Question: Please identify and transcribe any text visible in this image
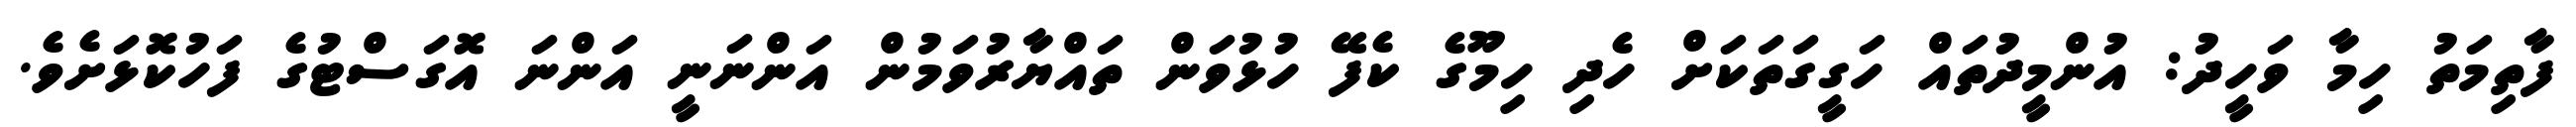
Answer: ފާތިމަތު ހިމާ ވަހީދު: އުންމީދުތައް ހަގީގަތަކަށް ހެދި ހިމޫގެ ކެފޭ ހުޅުވަން ތައްޔާރުވަމުން އަންނަނީ އަންނަ އޮގަސްޓުގެ ފަހުކޮޅަށެވެ.